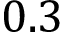
0 . 3